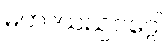
မဟာယညဝဂ္ဂေါ